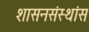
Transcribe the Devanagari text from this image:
शासनसंस्थांस